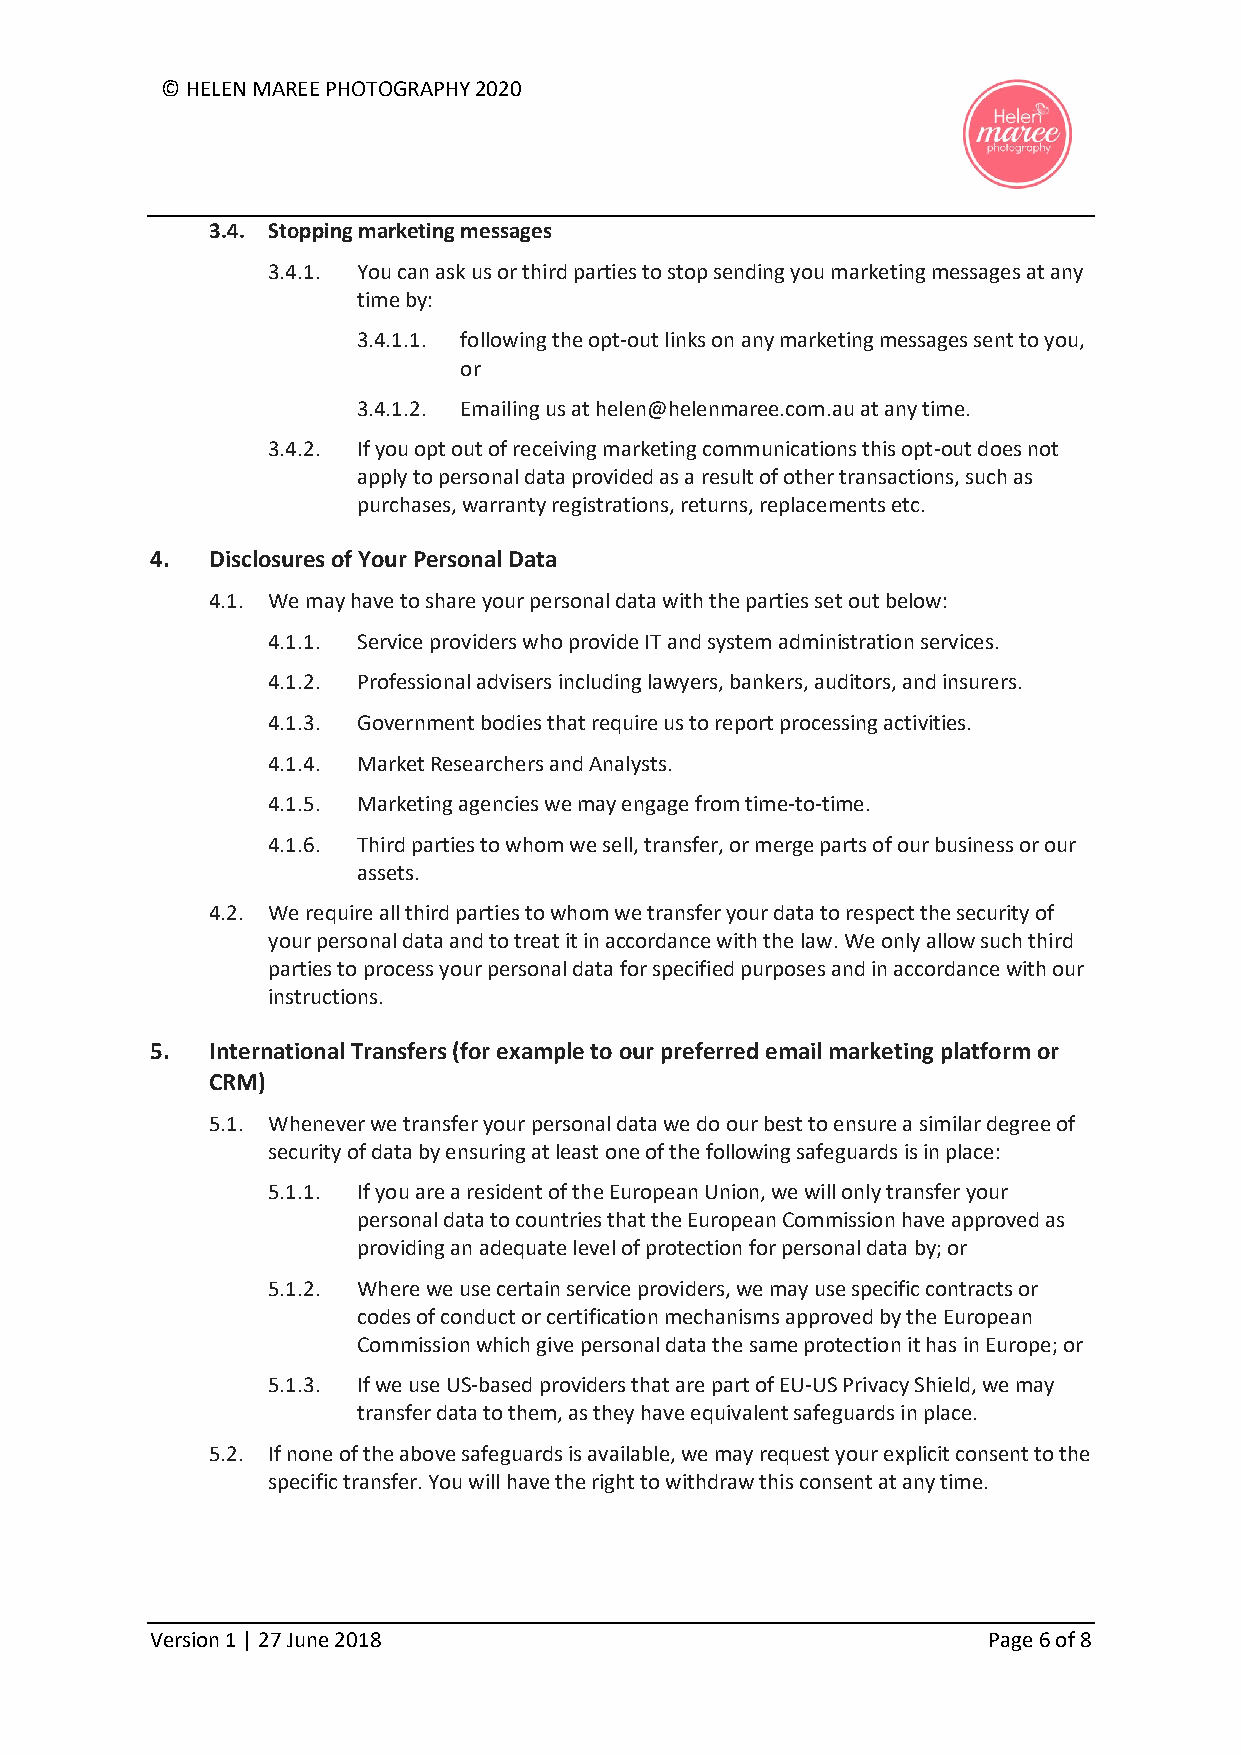
© HELEN MAREE PHOTOGRAPHY 2020
 3.4. Stopping marketing messages
 3.4.1. You can ask us or third parties to stop sending you marketing messages at any
 time by:
 3.4.1.1. following the opt-out links on any marketing messages sent to you,
 or
 3.4.1.2. Emailing us at helen@helenmaree.com.au at any time.
 3.4.2. If you opt out of receiving marketing communications this opt-out does not
 apply to personal data provided as a result of other transactions, such as
 purchases, warranty registrations, returns, replacements etc.
 4.  Disclosures of Your Personal Data
 4.1. We may have to share your personal data with the parties set out below:
 4.1.1. Service providers who provide IT and system administration services.
 4.1.2. Professional advisers including lawyers, bankers, auditors, and insurers.
 4.1.3. Government bodies that require us to report processing activities.
 4.1.4. Market Researchers and Analysts.
 4.1.5. Marketing agencies we may engage from time-to-time.
 4.1.6. Third parties to whom we sell, transfer, or merge parts of our business or our
 assets.
 4.2. We require all third parties to whom we transfer your data to respect the security of
 your personal data and to treat it in accordance with the law. We only allow such third
 parties to process your personal data for specified purposes and in accordance with our
 instructions.
 5.  International Transfers (for example to our preferred email marketing platform or
 CRM)
 5.1. Whenever we transfer your personal data we do our best to ensure a similar degree of
 security of data by ensuring at least one of the following safeguards is in place:
 5.1.1. If you are a resident of the European Union, we will only transfer your
 personal data to countries that the European Commission have approved as
 providing an adequate level of protection for personal data by; or
 5.1.2. Where we use certain service providers, we may use specific contracts or
 codes of conduct or certification mechanisms approved by the European
 Commission which give personal data the same protection it has in Europe; or
 5.1.3. If we use US-based providers that are part of EU-US Privacy Shield, we may
 transfer data to them, as they have equivalent safeguards in place.
 5.2. If none of the above safeguards is available, we may request your explicit consent to the
 specific transfer. You will have the right to withdraw this consent at any time.
 Version 1 | 27 June 2018                               Page 6 of 8